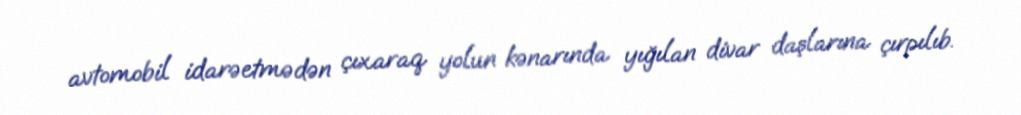
avtomobil idarəetmədən çıxaraq yolun kənarında yığılan divar daşlarına çırpılıb.